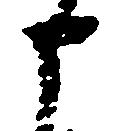
申